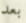
بعد